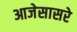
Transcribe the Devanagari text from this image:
आजेसासरे